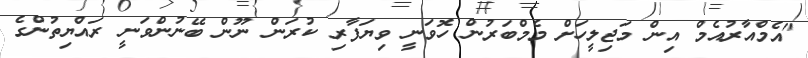
"އެމްއާރުއެމް އިން މަޖިލީހަށް މެމްބަރުން ހޮވަނީ ވިޔަފާރި ކުރަން ނޫން ބޭނުންވަނީ ރައްޔިތުންގެ